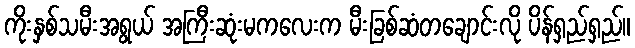
ကိုးနှစ်သမီးအရွယ် အကြီးဆုံးမကလေးက မီးခြစ်ဆံတချောင်းလို ပိန်ရှည်ရှည်။